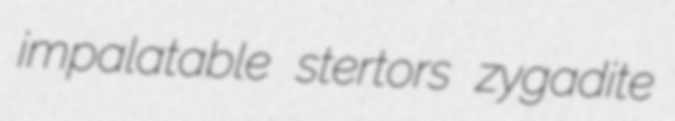
impalatable stertors zygadite